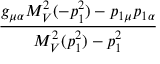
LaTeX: \frac { g _ { \mu \alpha } M _ { V } ^ { 2 } ( - p _ { 1 } ^ { 2 } ) - p _ { 1 \mu } p _ { 1 \alpha } } { M _ { V } ^ { 2 } ( p _ { 1 } ^ { 2 } ) - p _ { 1 } ^ { 2 } }